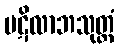
ပဋိလာဘသုတ္တံ